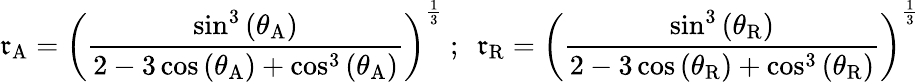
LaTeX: \mathfrak{r}_{\mathrm{{A}}}=\left({\frac{{\sin^{3}\left(\theta_{\mathrm{{A}}}\right)}}{{2-3\cos\left(\theta_{\mathrm{{A}}}\right)+\cos^{3}\left(\theta_{\mathrm{{A}}}\right)}}}\right)^{\frac{{1}}{{3}}}~;~~\mathfrak{r}_{\mathrm{{R}}}=\left({\frac{{\sin^{3}\left(\theta_{\mathrm{{R}}}\right)}}{{2-3\cos\left(\theta_{\mathrm{{R}}}\right)+\cos^{3}\left(\theta_{\mathrm{{R}}}\right)}}}\right)^{\frac{{1}}{{3}}}